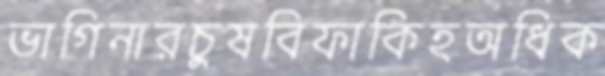
ভাগিনারচুষবিফাকিহঅধিক